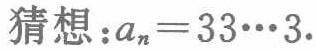
猜想：\(a_{n}=33\cdots3\).